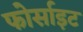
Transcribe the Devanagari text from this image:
फोर्साइट